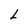
Character: L